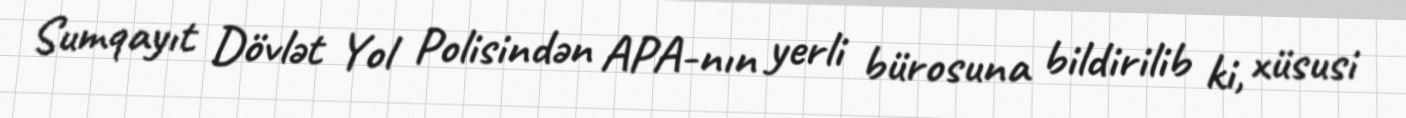
Sumqayıt Dövlət Yol Polisindən APA-nın yerli bürosuna bildirilib ki, xüsusi